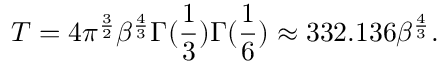
T = 4 \pi ^ { \frac { 3 } { 2 } } \beta ^ { \frac { 4 } { 3 } } \Gamma ( { \frac { 1 } { 3 } } ) \Gamma ( { \frac { 1 } { 6 } } ) \approx 3 3 2 . 1 3 6 \beta ^ { \frac { 4 } { 3 } } .